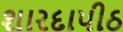
શારદાપીઠ